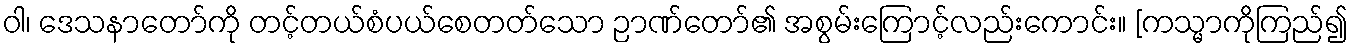
ဝါ၊ ဒေသနာတော်ကို တင့်တယ်စံပယ်စေတတ်သော ဉာဏ်တော်၏ အစွမ်းကြောင့်လည်းကောင်း။ [ကသ္မာကိုကြည်၍